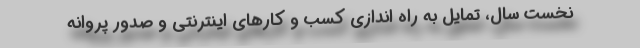
نخست سال، تمایل به راه اندازی کسب و کارهای اینترنتی و صدور پروانه